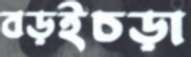
বড়ইচড়া